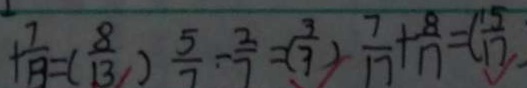
+ \frac { 7 } { 1 3 } = ( \frac { 8 } { 1 3 } ) \frac { 5 } { 7 } \div \frac { 2 } { 7 } = ( \frac { 3 } { 7 } ) \frac { 7 } { 1 7 } + \frac { 8 } { 1 7 } = ( \frac { 1 5 } { 1 7 }